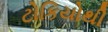
ટોકિયોથી